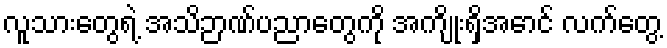
လူသားတွေရဲ့ အသိဉာဏ်ပညာတွေကို အကျိုးရှိအောင် လက်တွေ့